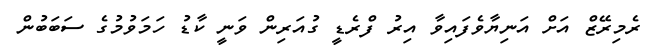
ރެމިރޭޒް އަށް އަނިޔާވެފައިވާ އިރު ފްރެޑީ ގުއަރިން ވަނީ ކާޑު ހަމަވުމުގެ ސަބަބުން